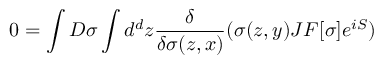
0 = \int D \sigma \int d ^ { d } z { \frac { \delta } { \delta \sigma ( z , x ) } } ( \sigma ( z , y ) J F [ \sigma ] e ^ { i S } )